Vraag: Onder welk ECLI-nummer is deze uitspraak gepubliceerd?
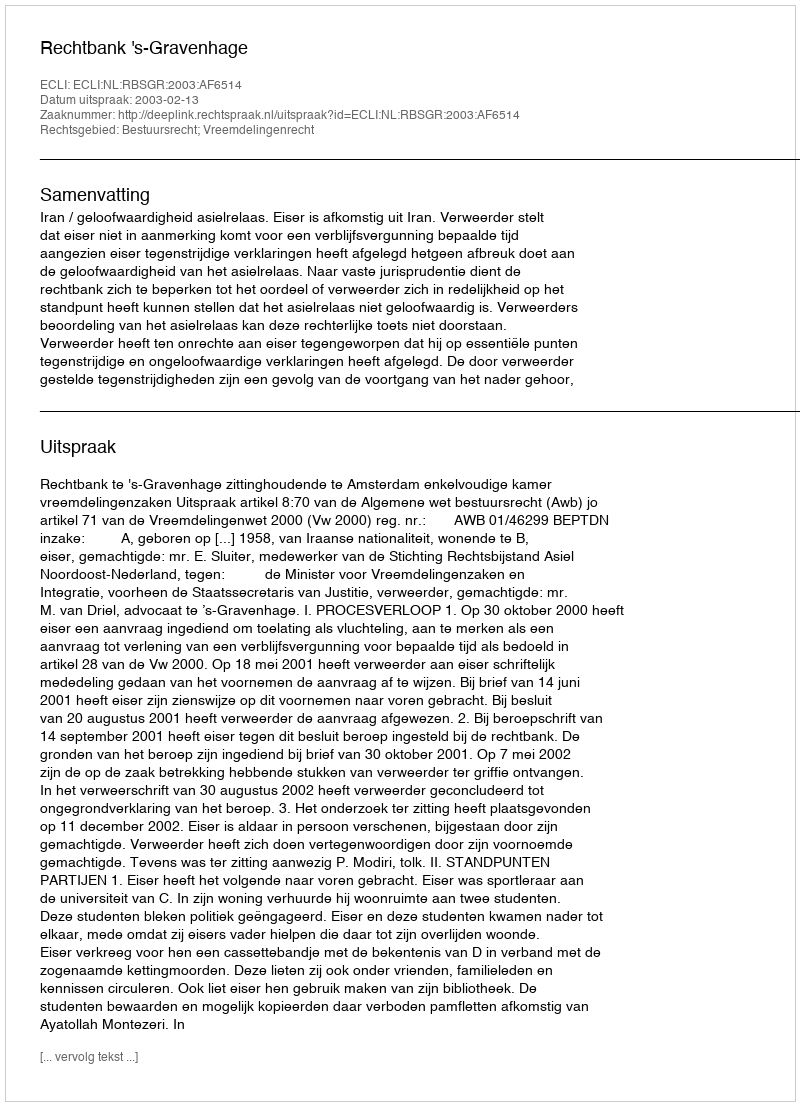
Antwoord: ECLI:NL:RBSGR:2003:AF6514